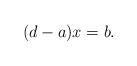
LaTeX: \begin{align*}(d-a)x=b.\end{align*}